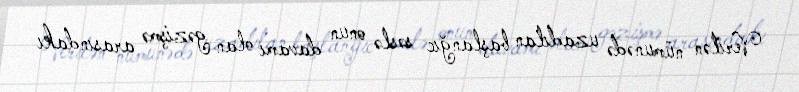
Verilən nümunədə uzadılan başlanğıc səslə onun davamı olan gəzişmə arasındakı